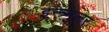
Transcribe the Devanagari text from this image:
इन्त्र्मुलर